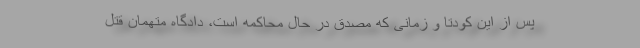
پس از این کودتا و زمانی که مصدق در حال محاکمه است، دادگاه متهمان قتل